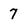
Character: 7